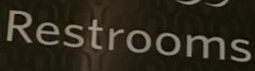
Restrooms